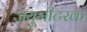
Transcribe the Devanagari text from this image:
जयूमीटरक